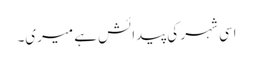
اسی شہر کی پیدائش ہے میری۔